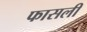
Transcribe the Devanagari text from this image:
फासली